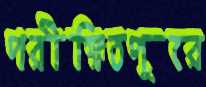
পরীক্ষিতপুরে